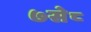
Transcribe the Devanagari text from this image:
७से८